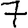
Digit: 7